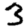
Digit: 3